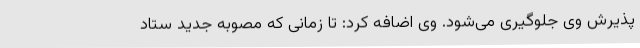
پذیرش وی جلوگیری می‌شود. وی اضافه کرد: تا زمانی که مصوبه جدید ستاد